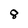
Character: 8